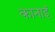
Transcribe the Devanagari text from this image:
कानाई